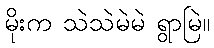
မိုးက သဲသဲမဲမဲ ရွာမြဲ။